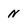
Character: n